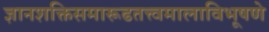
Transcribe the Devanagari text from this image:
ज्ञानशक्तिसमारूढतत्त्वमालाविभूषणे